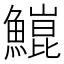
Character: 𬵥